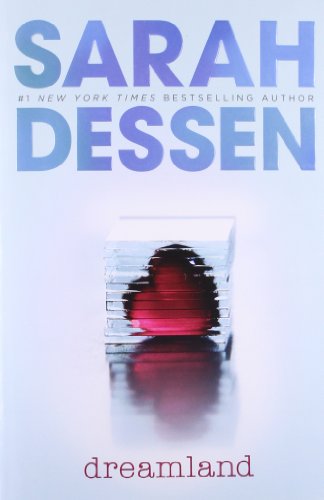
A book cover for Dreamland; Sarah Dessen; Teen & Young Adult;